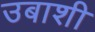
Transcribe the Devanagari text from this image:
उबाशी